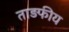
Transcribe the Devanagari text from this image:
ताड़फीय